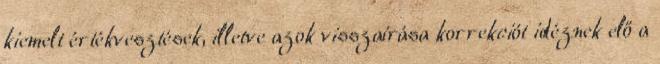
kiemelt értékvesztések, illetve azok visszaírása korrekciót idéznek elő a